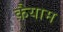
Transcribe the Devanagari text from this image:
क़ैयाम